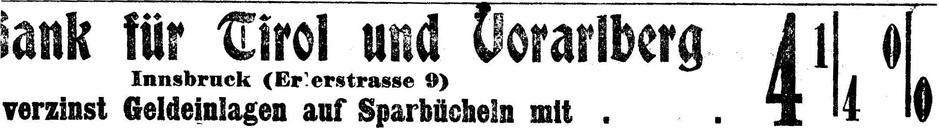
verzinst Geldeinlagen auf Sparbücheln mit . . 4 1/4 0/0